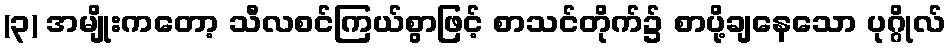
(၃) အမျိုးကတော့ သီလစင်ကြယ်စွာဖြင့် စာသင်တိုက်၌ စာပို့ချနေသော ပုဂ္ဂိုလ်